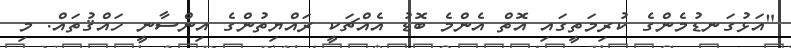
"އަޅުގަނޑުމެންގެ ކުރިމަތީގައި އޮތް އެންމެ ބޮޑު އެއްޗަކީ ރައްޔިތުންގެ އިންސާނީ ހައްޤުތައް. މި